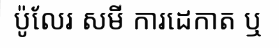
ប៉ូលែរ សមី ការដេកាត ឬ